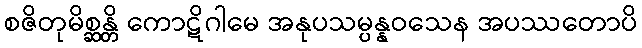
စဇိတုမိစ္ဆန္တိ ကောဋိဂါမေ အနုပသမ္ပန္နဝသေန အပဿတောပိ